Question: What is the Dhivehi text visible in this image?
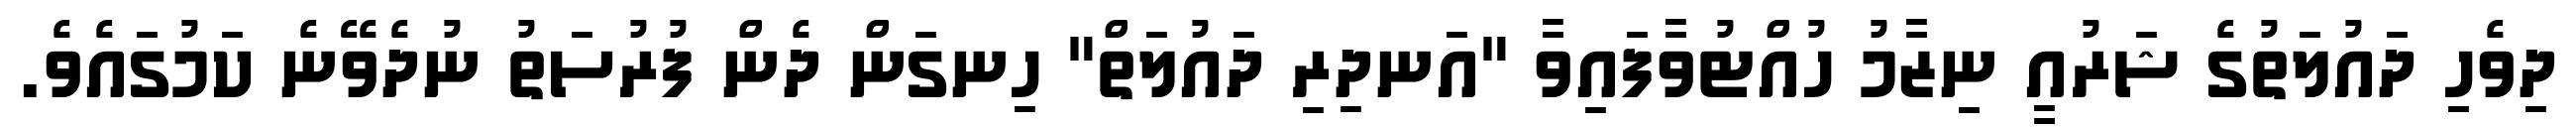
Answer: ދިވެހި ދައުލަތުގެ ޝަރުއީ ނިޒާމު ހުއްޓުވާފައިވާ "އަނދިރި ދައުލަތް" ހިނގަން ދެން ފުރުސަތު ނުދެވޭނެ ކަމުގައެވެ.